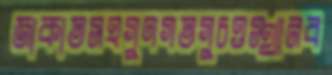
জাকাতসহগুণগতগুচওস্থানব